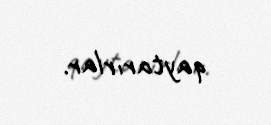
qaytarırlar.